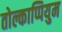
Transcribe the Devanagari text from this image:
तोल्काप्पियुम